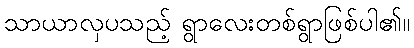
သာယာလှပသည့် ရွာလေးတစ်ရွာဖြစ်ပါ၏။